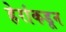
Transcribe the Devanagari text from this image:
हेरांकडून